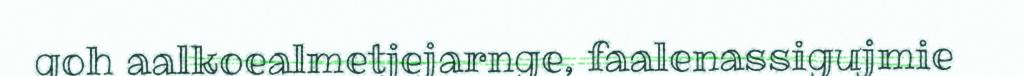
goh aalkoealmetjejarnge, faalenassigujmie